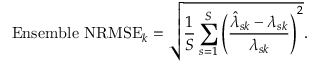
\mathrm { E n s e m b l e ~ N R M S E } _ { k } = \sqrt { \frac { 1 } { S } \sum _ { s = 1 } ^ { S } \left( \frac { \hat { { \lambda } } _ { s k } - { { \lambda } _ { s k } } } { { { \lambda } _ { s k } } } \right) ^ { 2 } } .